Annual report of the Punjab Veterinary College and of the Civil Veterinary Department, Punjab - 1926-1932
Year: 1926
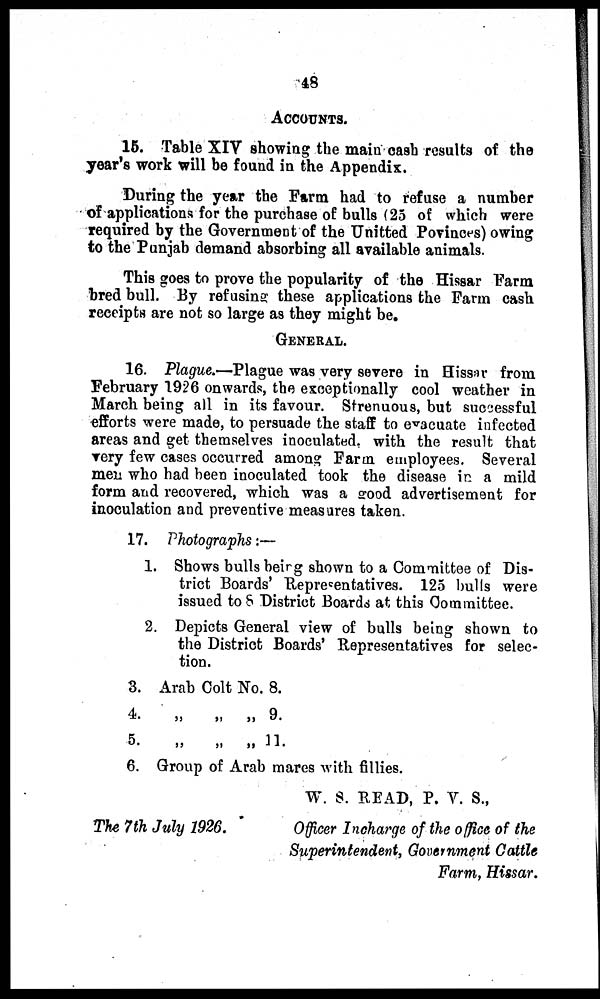
48
ACCOUNTS.
15. Table XIV showing the main cash results of the
year's work will be found in the Appendix.
During the year the Farm had to refuse a number
of applications for the purchase of bulls (25 of which were
required by the Government of the Unitted Povinces) owing
to the Punjab demand absorbing all available animals.
This goes to prove the popularity of the Hissar Farm
bred bull. By refusing these applications the Farm cash
receipts are not so large as they might be.
GENERAL.
16. Plague.—Plague was very severe in Hissar from
February 1926 onwards, the exceptionally cool weather in
March being all in its favour. Strenuous, but successful
efforts were made, to persuade the staff to evacuate infected
areas and get themselves inoculated with the result that
very few cases occurred among Farm employees. Several
men who had been inoculated took the disease in a mild
form and recovered, which was a good advertisement for
inoculation and preventive measures taken.
17. Photographs:—
1. Shows bulls being shown to a Committee of Dis-
trict Boards' Representatives. 125 bulls were
issued to 8 District Boards at this Committee.
2. Depicts General view of bulls being shown to
the District Boards' Representatives for selec-
tion.
3.
4.
5.
Arab
„
„
Colt
„
„
No. 8.
„ 9
„ 11.
6. Group of Arab mares with fillies.
W. S. READ, P. V. S.,
The 7th July 1926.
Officer Incharge of the office of the
Superintendent, Government Cattle
Farm, Hissar.